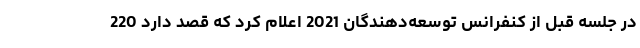
در جلسه قبل از کنفرانس توسعه‌دهندگان 2021 اعلام کرد که قصد دارد 220